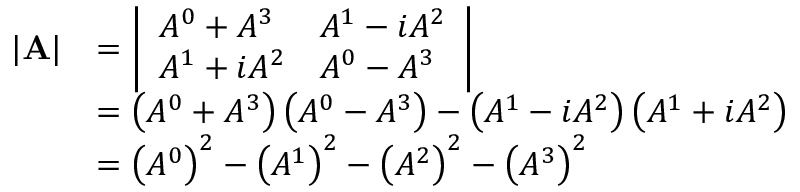
{ \begin{array} { r l } { | \mathbf { A } | } & { = { \left| \begin{array} { l l } { A ^ { 0 } + A ^ { 3 } } & { A ^ { 1 } - i A ^ { 2 } } \\ { A ^ { 1 } + i A ^ { 2 } } & { A ^ { 0 } - A ^ { 3 } } \end{array} \right| } } \\ & { = \left( A ^ { 0 } + A ^ { 3 } \right) \left( A ^ { 0 } - A ^ { 3 } \right) - \left( A ^ { 1 } - i A ^ { 2 } \right) \left( A ^ { 1 } + i A ^ { 2 } \right) } \\ & { = \left( A ^ { 0 } \right) ^ { 2 } - \left( A ^ { 1 } \right) ^ { 2 } - \left( A ^ { 2 } \right) ^ { 2 } - \left( A ^ { 3 } \right) ^ { 2 } } \end{array} }